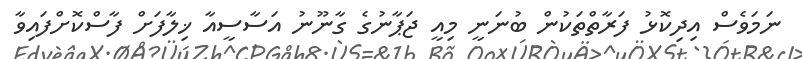
ނަމަވެސް އިދިކޮޅު ފަރާތްތަކުން ބުނަނީ މިއީ ޖަޕާނުގެ ގާނޫނު އަސާސީއާ ޚިލާފަށް ފާސްކޮށްފައިވާ